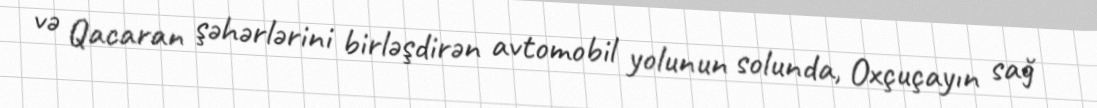
və Qacaran şəhərlərini birləşdirən avtomobil yolunun solunda, Oxçuçayın sağ